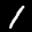
Label: 1